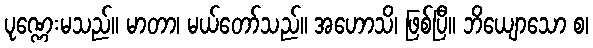
ပုဏ္ဏေးမသည်။ မာတာ၊ မယ်တော်သည်။ အဟောသိ၊ ဖြစ်ပြီ။ ဘိယျောသော စ၊